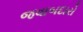
જવાબદારો